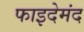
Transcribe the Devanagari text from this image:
फाइदेमंद